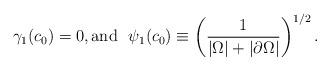
LaTeX: \begin{align*} \gamma_1(c_0) = 0, \mbox{and} \ \ \psi_1(c_0)\equiv \left( \frac{1}{|\Omega|+|\partial \Omega|}\right)^{1/2}. \end{align*}